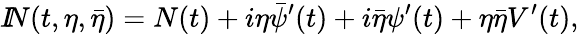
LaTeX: {I\! \! N}(t,\eta,\bar{\eta})=N(t)+i\eta\bar{\psi}^{\prime}(t)+i\bar{\eta}\psi^{\prime}(t)+\eta\bar{\eta}V^{\prime}(t),